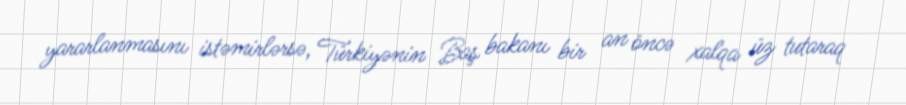
yararlanmasını istəmirlərsə, Türkiyənin Baş bakanı bir an öncə xalqa üz tutaraq